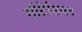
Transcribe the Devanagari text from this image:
सीटेसियन